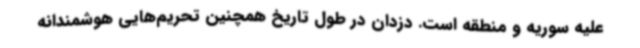
علیه سوریه و منطقه است. دزدان در طول تاریخ همچنین تحریم‌هایی هوشمندانه